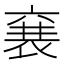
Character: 㐮